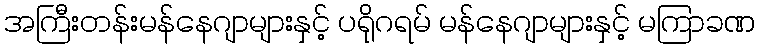
အကြီးတန်းမန်နေဂျာများနှင့် ပရိုဂရမ် မန်နေဂျာများနှင့် မကြာခဏ